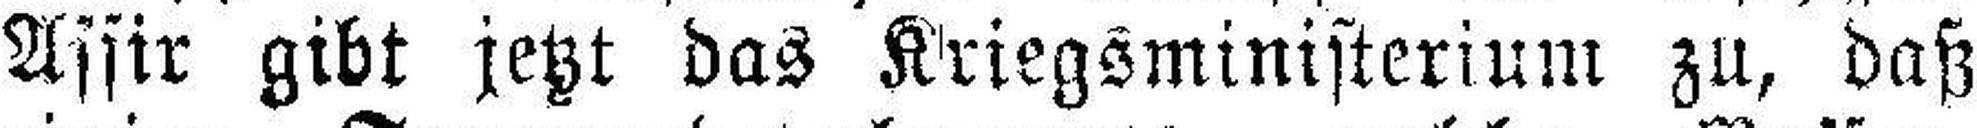
Assir gibt jetzt das Kriegsministerium zu, daß